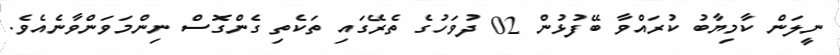
ނީލަން ކާމިޔާބު ކުރައްވާ ބޭފުޅުން 02 ދުވަހުގެ ތެރޭގައި ތަކެތި ގެންގޮސް ނިންމަވަންވާނެއެވެ.